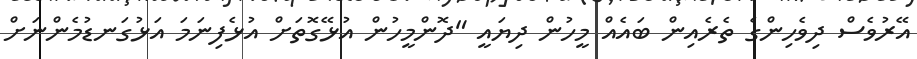
އޭރުވެސް ދިވެހިންގެ ތެރެއިން ބައެއް މީހުން ދިޔައީ "ދޮންމީހުން އުޅޭގޮތަށް އުޅެފިނަމަ އަޅުގަނޑުމެންނަށް